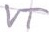
Text: VT